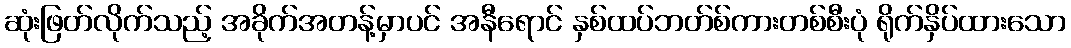
ဆုံးဖြတ်လိုက်သည့် အခိုက်အတန့်မှာပင် အနီရောင် နှစ်ထပ်ဘတ်စ်ကားတစ်စီးပုံ ရိုက်နှိပ်ထားသော